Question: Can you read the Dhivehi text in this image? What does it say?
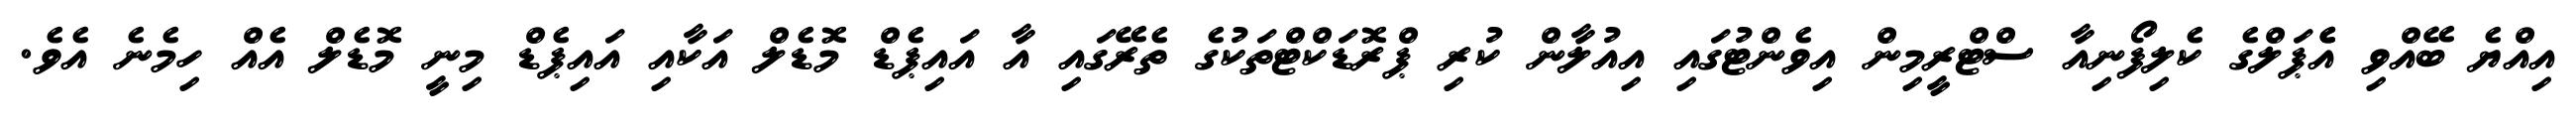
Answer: އިއްޔެ ބޭއްވި އެެޕަލްގެ ކެލިފޯނިއާ ސްޓްރީމިން އިވެންޓުގައި އިއުލާން ކުރި ޕްރޮޑަކްޓްތަކުގެ ތެރޭގައި އާ އައިޕެޑް މޮޑެލް އަކާއި އައިޕެޑް މިނީ މޮޑެލް އެއް ހިމެނެ އެވެ.